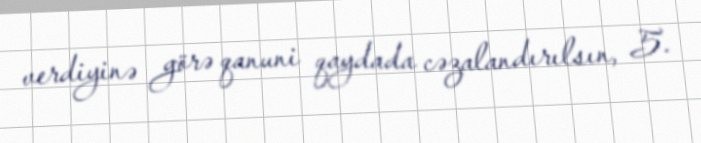
verdiyinə görə qanuni qaydada cəzalandırılsın, 5.